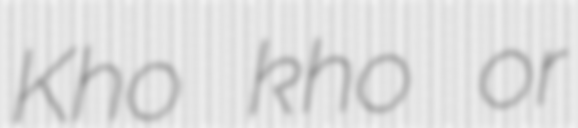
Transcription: Kho kho or